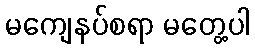
မကျေနပ်စရာ မတွေ့ပါ